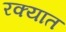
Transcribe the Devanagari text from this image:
रक्यात